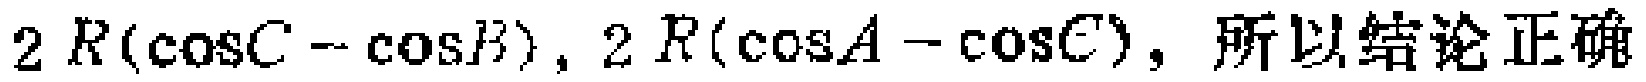
$2R(\cos C - \cos B),2R(\cos A - \cos C),\text{所以结论正确}$